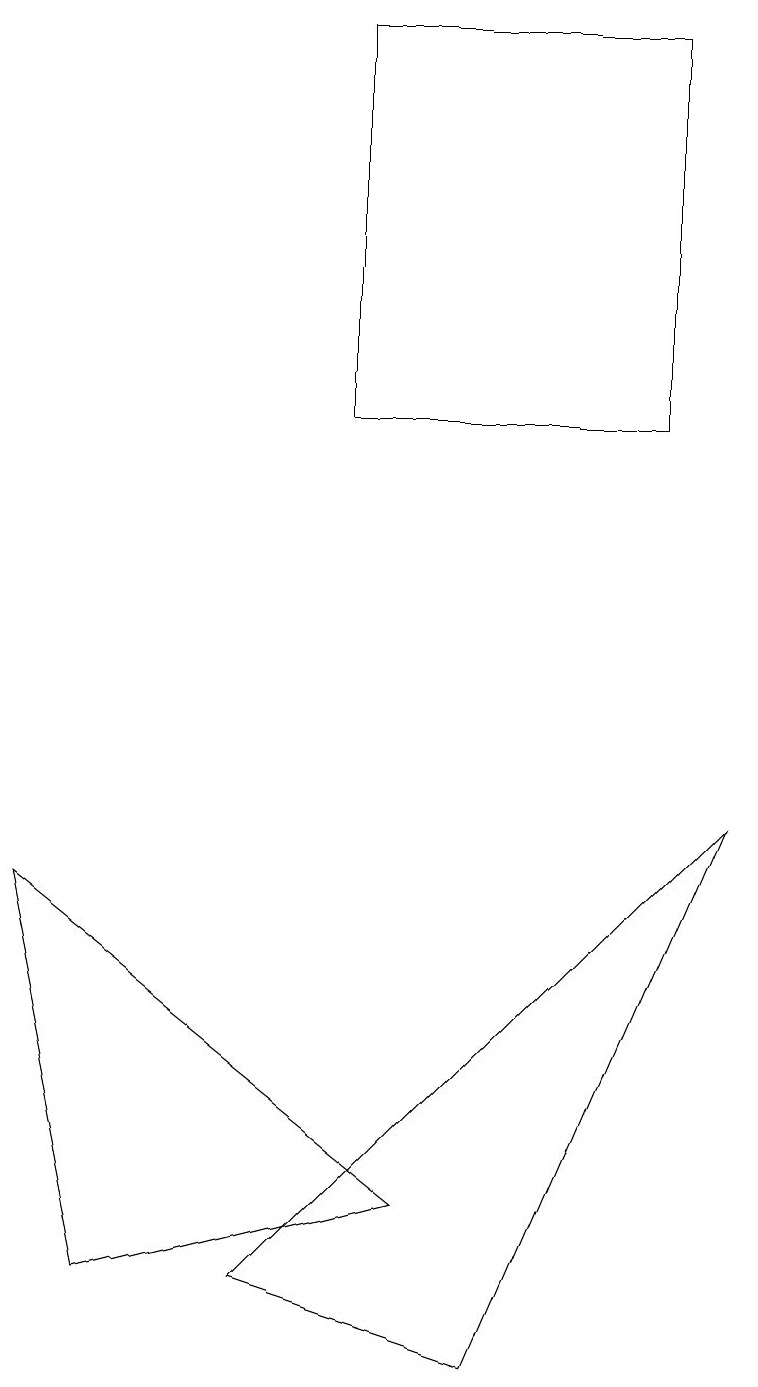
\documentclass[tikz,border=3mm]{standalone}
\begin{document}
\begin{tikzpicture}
\draw (5,4) -- (1,3) -- (0,8) -- cycle;
\draw (8,19) rectangle (4,14);
\draw (6,2) -- (3,3) -- (9,9) -- cycle;
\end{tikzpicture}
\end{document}